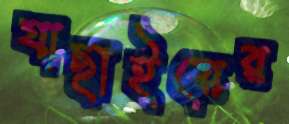
যাছাইয়ের